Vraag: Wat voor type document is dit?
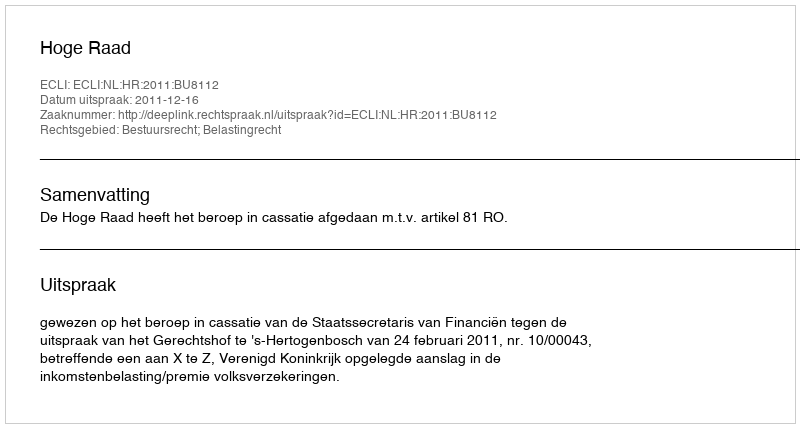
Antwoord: Uitspraak